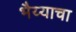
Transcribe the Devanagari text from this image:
भैय्याचा